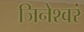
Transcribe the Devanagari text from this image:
जिनेश्वरं